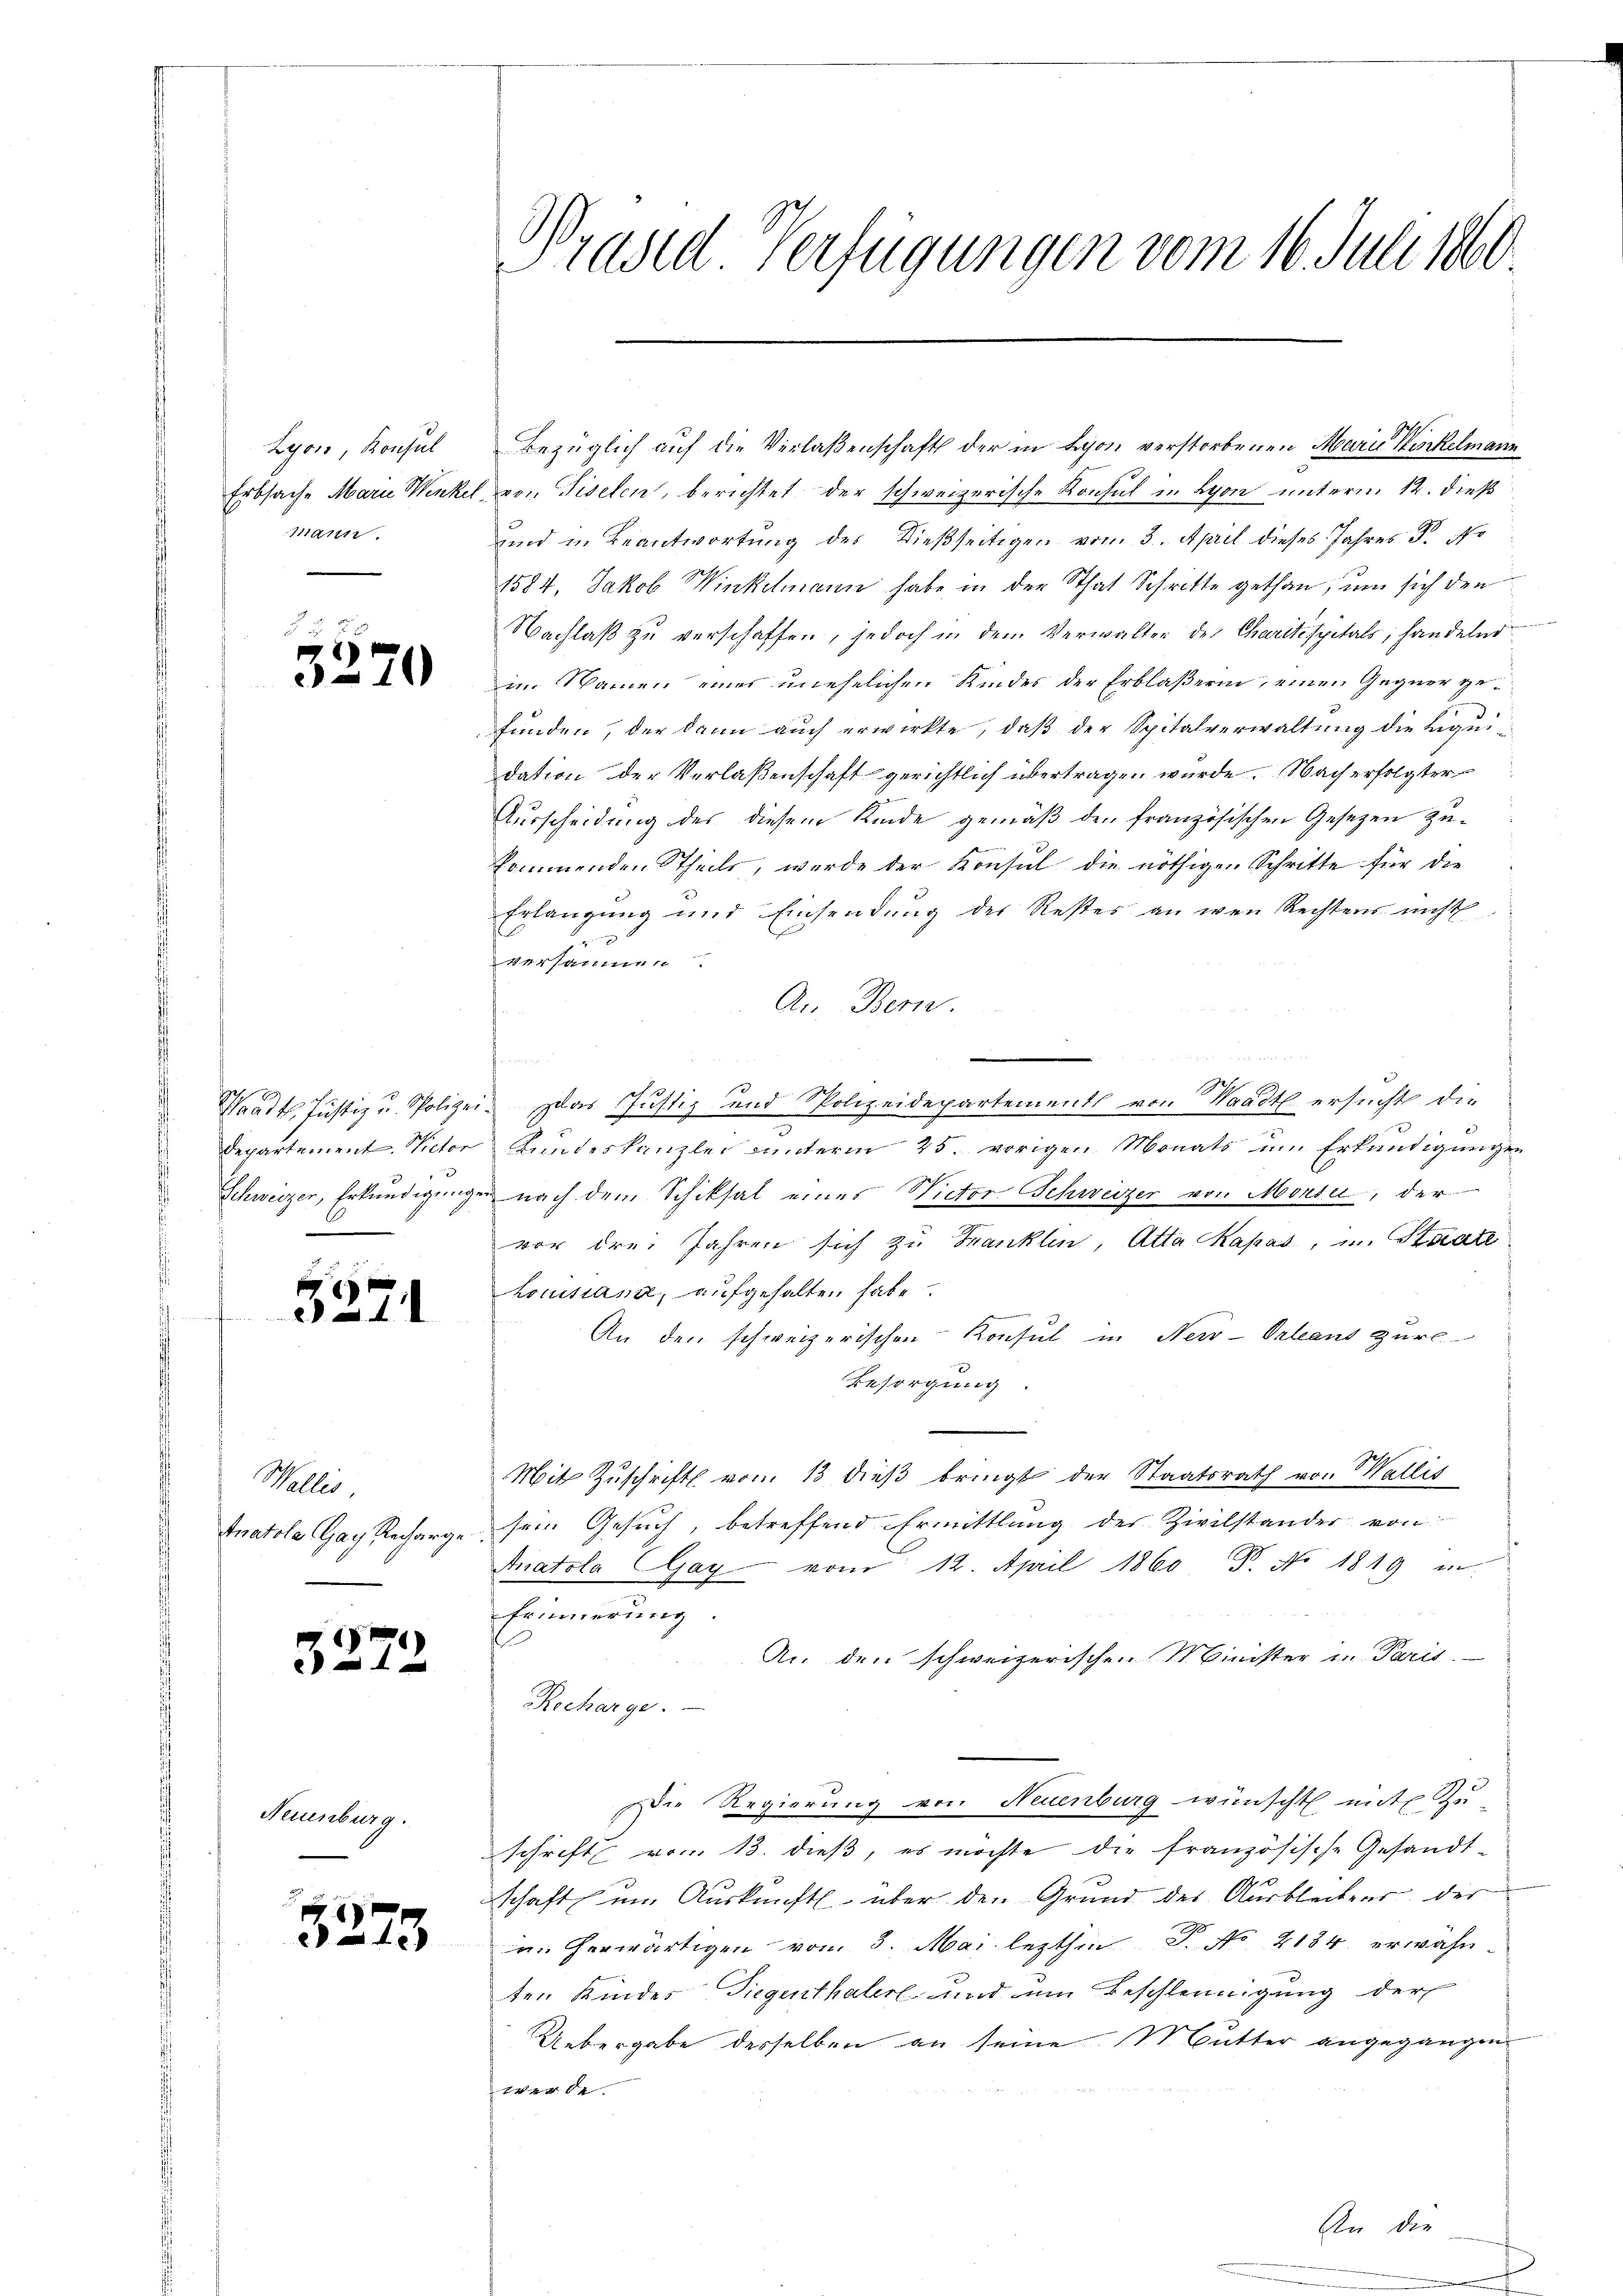
Lyon, Konsul
Erbsache Marie Werker
mann.

3270

Schweizer, Erkundigung

5271

Wallis.
tnatola Gay Recharge

3272

Neuenburg.

3273

Prasid Verfügungen vom 16. Juli 1860

Bezüglich auf die Verlaßenschaft der in Lyon verstorbenen Marie Winkelmann
von Fiselen, berichtet: der schweizerische Konsul in Lyon unterm 12. dieß
ind in Beantwortung des Dießseitigen vom 3. April dieses Jahres P. No
1584, Jakob Winkelmann habe in der That Schritte gethan, um sich den
Nachlaß zu verschaffen, jedoch in dem Verwalter des Charitéspitals, Handelnd
im Namen eines unehelichen Kindes der Erbläßerin, einen Gegner gefunden, der dann auch erwirkte, daß der Spitalverwaltung die Liquidation der Verlaßenschaft gerichtlich übertragen wurde. Nach erfolgter
Ausscheidung des diesem Kinde gemäß den französischen Gesetzen zukommenden Stheile, werde der Konsul die nöthigen Schritte für die
Erlangung und Einsendŭng der Restes an wen Rechtens nicht
versammen
An Bern.
.

e
n
h
Waadt, Justiz u. Polizei- das Justiz- und Polizeidepartement von Waadt ersucht die
Departement. Victor Kundeskanzlei unterm 25. vorigen Monats um Erkundigungen
z nach dem Schiksal eines Victor Schweizer von Morse, der
vor drei Jahren sich zu Franklen, Atta Kapas, u. Staate
Louissant, aufgehalten habe
An den schweizerischen Konsul in New-Orleans zurl.
Besorgung.
Mit Zuschrift vom 13 dieß bringt der Staatsrath von Wallis
sein Gesuch, betreffend Ermittlung des Zivilstander von
Anatola EGay vom 12. April 1860. 8. No 1819 in
Erinnerung.
An den schweizerischen Minister in Paris.
Recharge.
Die Regierung von Neuenburg wünscht mit Zu
schrift vom 13. dieß, es möchte die französische Gesandtschaft um Auskunft über den Grund der Ausbleibens der
un herwärtigen vom 3. Mai lezthin P. No. 2184. erwähnten Kindes Siegenthaler und um Beschleunigung der
Uebergabe derselben an seine Mutter angegangen
werde.
An die